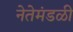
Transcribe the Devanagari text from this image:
नेतेमंडळी